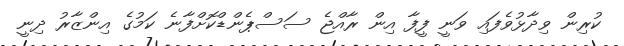
ކުރިން ވިދާޅުވެފައި ވަނީ ފީފާ އިން ރާއްޖެ ސަސްޕެންޑްކޮށްފާނެ ކަމުގެ އިންޒާރު ދިނީ